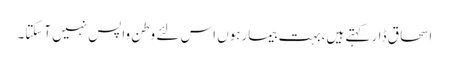
اسحاق ڈار کہتے ہیں،بہت بیمارہوں اس لئے وطن واپس نہیں آسکتا۔